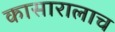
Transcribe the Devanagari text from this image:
कासारालाच